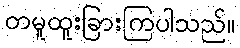
တမူထူးခြားကြပါသည်။